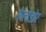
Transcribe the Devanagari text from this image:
सैल्वेडोर